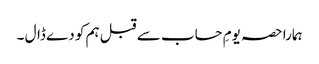
ہمارا حصہ یومِ حساب سے قبل ہم کو دے ڈال ۔